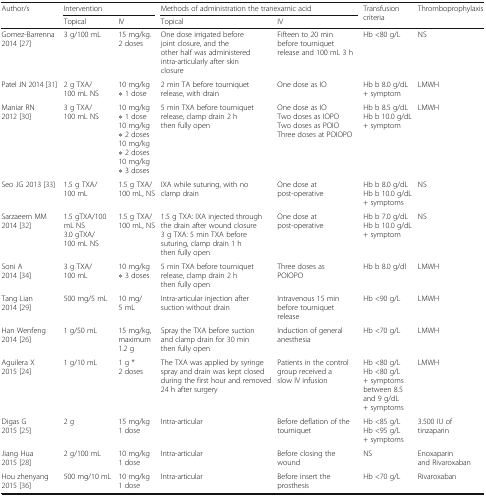
<table><thead><tr><td rowspan="2"><b>Author/s</b></td><td colspan="2"><b>Intervention</b></td><td colspan="2"><b>Methods of administration the tranexamic acid</b></td><td rowspan="2"><b>Transfusion criteria</b></td><td rowspan="2"><b>Thromboprophylaxis</b></td></tr><tr><td><b>Topical</b></td><td><b>IV</b></td><td><b>Topical</b></td><td><b>IV</b></td></tr></thead><tbody><tr><td>Gomez-Barrenna 2014 [27]</td><td>3 g/100 mL</td><td>15 mg/kg. 2 doses</td><td>One dose irrigated before joint closure, and the other half was administered intra-articularly after skin closure</td><td>Fifteen to 20 min before tourniquet release and 100 mL 3 h</td><td>Hb &lt;80 g/L</td><td>NS</td></tr><tr><td>Patel JN 2014 [31]</td><td>2 g TXA/ 100 mL NS</td><td>10 mg/kg ∗ 1 dose</td><td>2 min TA before tourniquet release, with drain</td><td>One dose as IO</td><td>Hb b 8.0 g/dL + symptom</td><td>LMWH</td></tr><tr><td>Maniar RN 2012 [30]</td><td>3 g TXA/100 mL NS</td><td>10 mg/kg ∗ 1 dose10 mg/kg ∗ 2 doses10 mg/kg ∗ 2 doses10 mg/kg ∗ 3 doses</td><td>5 min TXA before tourniquet release, clamp drain 2 h then fully open</td><td>One dose as IOTwo doses as IOPOTwo doses as POIOThree doses at POIOPO</td><td>Hb b 8.5 g/dLHb b 10.0 g/dL + symptom</td><td>LMWH</td></tr><tr><td>Seo JG 2013 [33]</td><td>1.5 g TXA/100 mL</td><td>1.5 g TXA/100 mL, NS</td><td>IXA while suturing, with no clamp drain</td><td>One dose at post-operative</td><td>Hb b 8.0 g/dLHb b 10.0 g/dL + symptoms</td><td>NS</td></tr><tr><td>Sarzaeem MM 2014 [32]</td><td>1.5 gTXA/100 mL NS3.0 gTXA/100 mL NS</td><td>1.5 g TXA/100 mL, NS</td><td>1.5 g TXA: IXA injected through the drain after wound closure 3 g TXA: 5 min TXA before suturing, clamp drain 1 h then fully open</td><td>One dose at post-operative</td><td>Hb b 7.0 g/dLHb b 10.0 g/dL + symptom</td><td>NS</td></tr><tr><td>Soni A 2014 [34]</td><td>3 g TXA/100 mL</td><td>10 mg/kg ∗ 3 doses</td><td>5 min TXA before tourniquet release, clamp drain 2 h then fully open</td><td>Three doses as POIOPO</td><td>Hb b 8.0 g/dl</td><td>LMWH</td></tr><tr><td>Tang Lian 2014 [29]</td><td>500 mg/5 mL</td><td>10 mg/5 mL</td><td>Intra-articular injection after suction without drain</td><td>Intravenous 15 min before tourniquet release</td><td>Hb &lt;90 g/L</td><td>LMWH</td></tr><tr><td>Han Wenfeng 2014 [26]</td><td>1 g/50 mL</td><td>15 mg/kg, maximum 1.2 g</td><td>Spray the TXA before suction and clamp drain for 30 min then fully open</td><td>Induction of general anesthesia</td><td>Hb &lt;70 g/L</td><td>LMWH</td></tr><tr><td>Aguilera X 2015 [24]</td><td>1 g/10 mL</td><td>1 g * 2 doses</td><td>The TXA was applied by syringe spray and drain was kept closed during the first hour and removed 24 h after surgery</td><td>Patients in the control group received a slow IV infusion</td><td>Hb &lt;80 g/LHb &lt;80 g/L + symptoms between 8.5 and 9 g/dL + symptoms</td><td>LMWH</td></tr><tr><td>Digas G 2015 [25]</td><td>2 g</td><td>15 mg/kg 1 dose</td><td>Intra-articular</td><td>Before deflation of the tourniquet</td><td>Hb &lt;85 g/LHb &lt;95 g/L + symptoms</td><td>3.500 IU of tinzaparin</td></tr><tr><td>Jiang Hua 2015 [28]</td><td>2 g/100 mL</td><td>10 mg/kg 1 dose</td><td>Intra-articular</td><td>Before closing the wound</td><td>NS</td><td>Enoxaparin and Rivaroxaban</td></tr><tr><td>Hou zhenyang 2015 [36]</td><td>500 mg/10 mL</td><td>10 mg/kg 1 dose</td><td>Intra-articular</td><td>Before insert the prosthesis</td><td>Hb &lt;70 g/L</td><td>Rivaroxaban</td></tr></tbody></table>